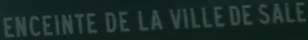
ENCEinte de la ville